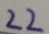
2 2